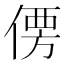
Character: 𰂣